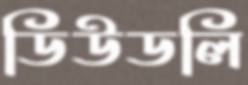
ডিউডলি